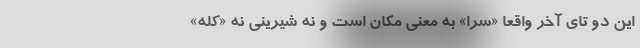
این دو تای آخر واقعا «سَرا» به معنی مکان است و نه شیرینی نه «کله»